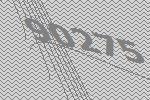
90275